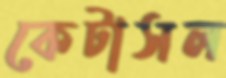
কেটাসল